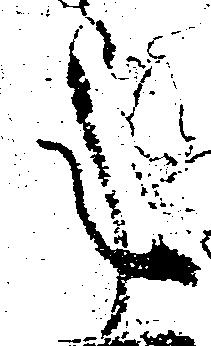
年